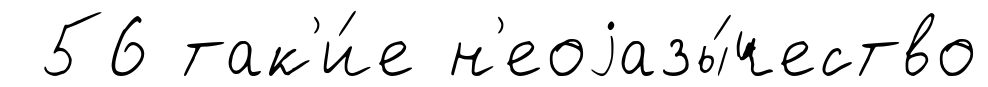
56 так'и́е н'еоjазы́чество